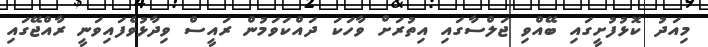
މިއަދު ކޮޅުފުށީގައި ބޭއްވި ޖަލްސާގައި އިތުރަށް ވާހަކަ ދައްކަވަމުން ރައީސް ވިދާޅުވެފައިވަނީ ރާއްޖޭގައި